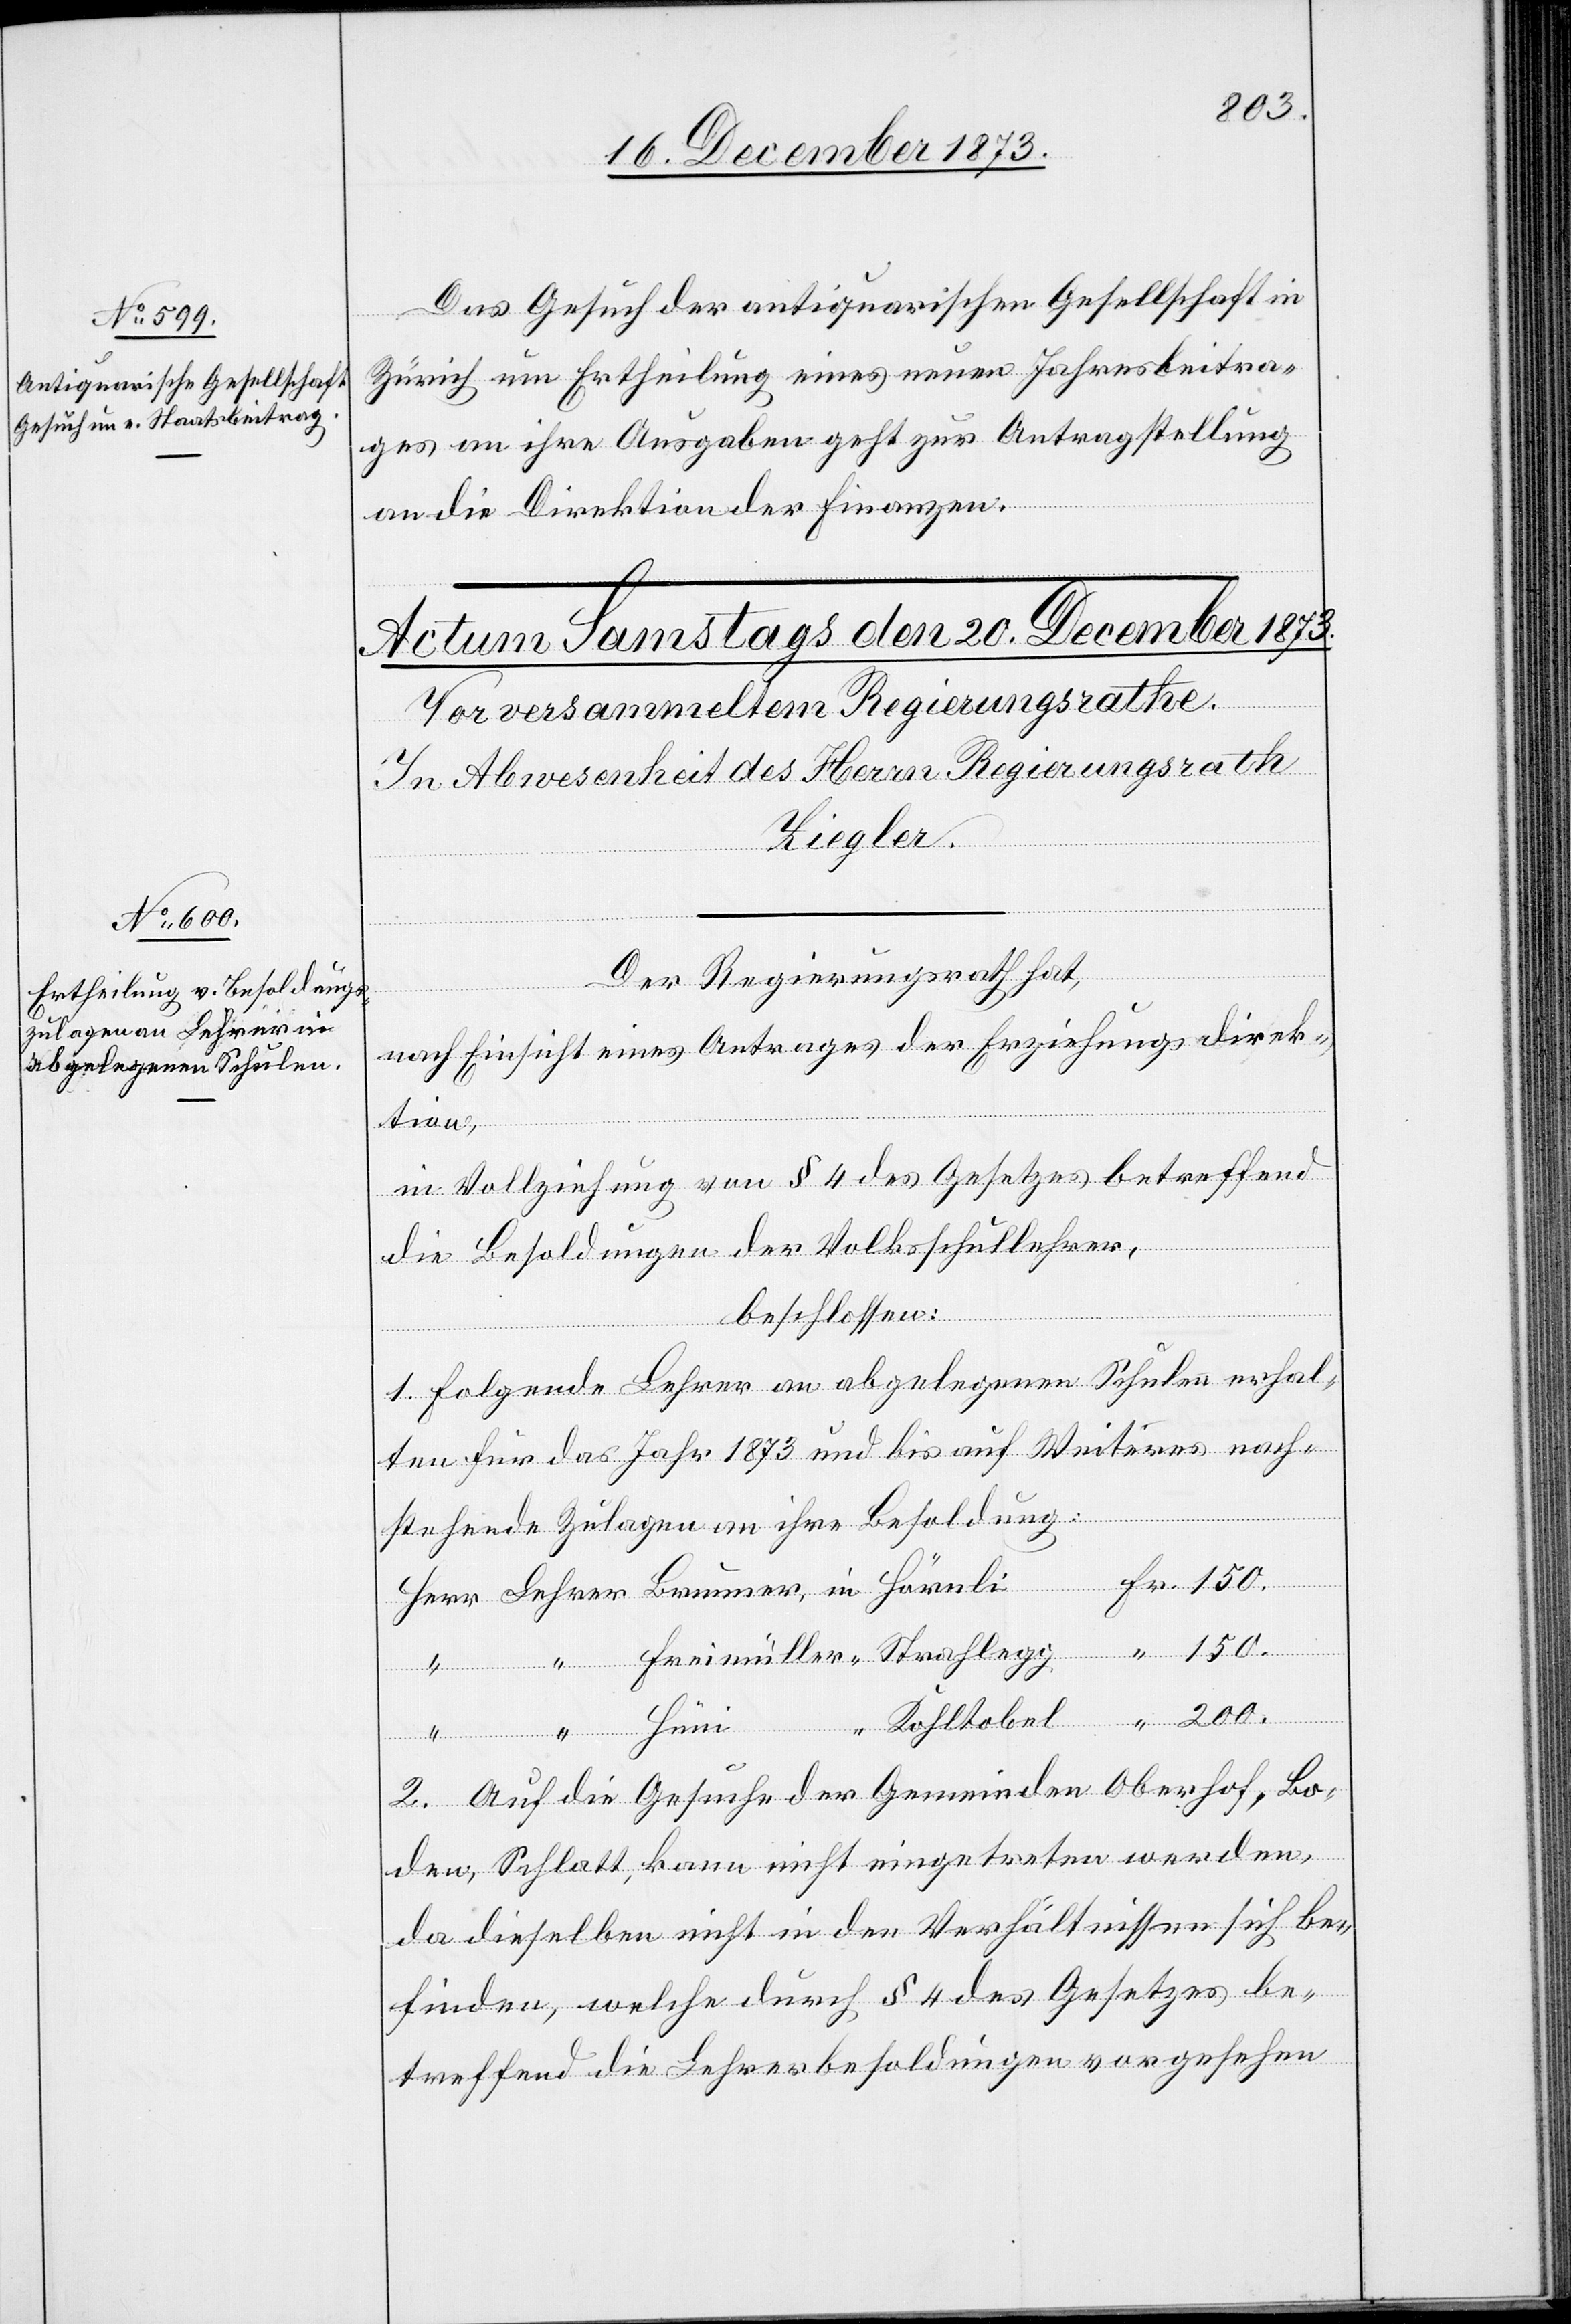
200.
19. December 1873.]
Das Gesuch der antiquarischen Gesellschaft in
Zürich um Ertheilung eines neuen Jahresbeitra¬
ges an ihre Ausgaben geht zur Antragstellung
an die Direktion der Finanzen.
“
Der Regierungsrath hat,
nach Einsicht eines Antrages der Erziehungsdirek¬
tion,
in Vollziehung von § 4 des Gesetzes betreffend
die Besoldungen der Volksschullehrer,
beschlossen:
Freimül¬
1. Folgende Lehrer an abgelegenen Schulen erhal¬
ten für das Jahr 1873 und bis auf Weiteres nach¬
stehende Zulagen an ihre Besoldung:
Hüni
l-Verfügungen.
ler
2. Auf die Gesuche der Gemeinden Oberhof, Bo¬
in
den, Schlatt, kann nicht eingetreten werden,
da dieselben nicht in den Verhältnissen sich be¬
finden, welche durch § 4 des Gesetzes be¬
treffend die Lehrerbesoldungen vorgesehen